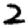
Digit: 2